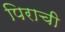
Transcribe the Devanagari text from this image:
पिराची